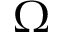
\upOmega